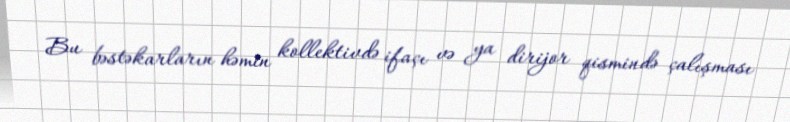
Bu bəstəkarların həmin kollektivdə ifaçı və ya dirijor qismində çalışması